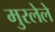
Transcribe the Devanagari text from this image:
मुरलेले